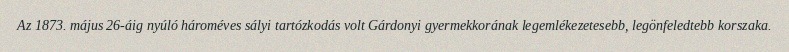
Az 1873. május 26-áig nyúló hároméves sályi tartózkodás volt Gárdonyi gyermekkorának legemlékezetesebb, legönfeledtebb korszaka.